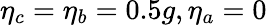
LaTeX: \eta_{c}=\eta_{b}=0.5g,\eta_{a}=0